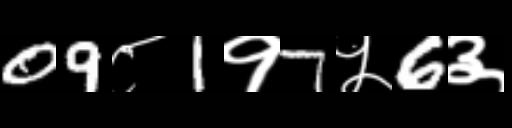
Text: 09८1१7५6३